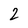
Character: 2